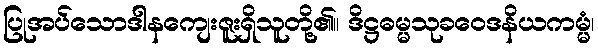
ပြုအပ်သောဒါနကျေးဇူးရှိသူတို့၏။ ဒိဋ္ဌဓမ္မသုခဝေဒနိယကမ္မံ၊